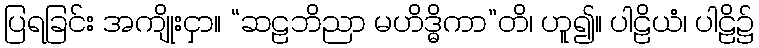
ပြရခြင်း အကျိုးငှာ။ “ဆဠဘိညာ မဟိဒ္ဓိကာ”တိ၊ ဟူ၍။ ပါဠိယံ၊ ပါဠိ၌